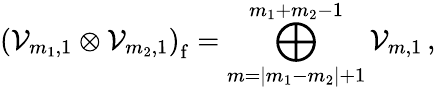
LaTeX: \left({\cal V}_{m_{1},1}\otimes{\cal V}_{m_{2},1}\right)_{\mathrm f}=\bigoplus_{m=|m_{1}-m_{2}|+1}^{m_{1}+m_{2}-1}{\cal V}_{m,1}\, ,